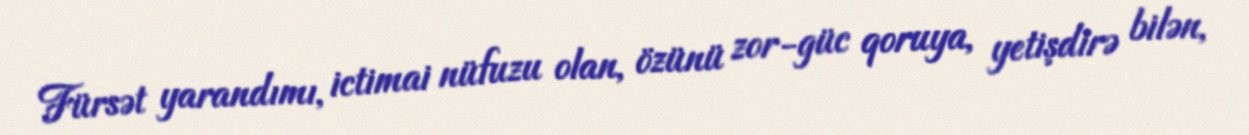
Fürsət yarandımı, ictimai nüfuzu olan, özünü zor-güc qoruya, yetişdirə bilən,